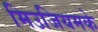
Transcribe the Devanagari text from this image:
मिउजियमके